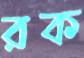
রক